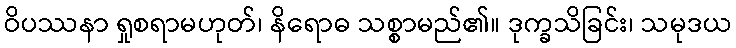
ဝိပဿနာ ရှုစရာမဟုတ်၊ နိရောဓ သစ္စာမည်၏။ ဒုက္ခသိခြင်း၊ သမုဒယ